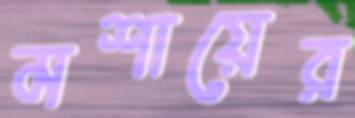
মশায়ের